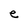
Character: e